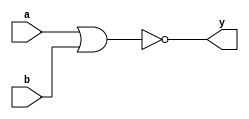
module or_gate(y, a, b); 
    input a, b;
    output y;
    nor(y, a, b);  
  
endmodule